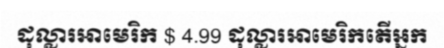
ដុល្លារអាមេរិក $ 4.99 ដុល្លារអាមេរិកតើអ្នក